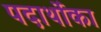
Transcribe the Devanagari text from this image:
पदार्थोंका